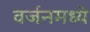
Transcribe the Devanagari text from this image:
वर्जनमध्ये